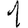
Digit: 1